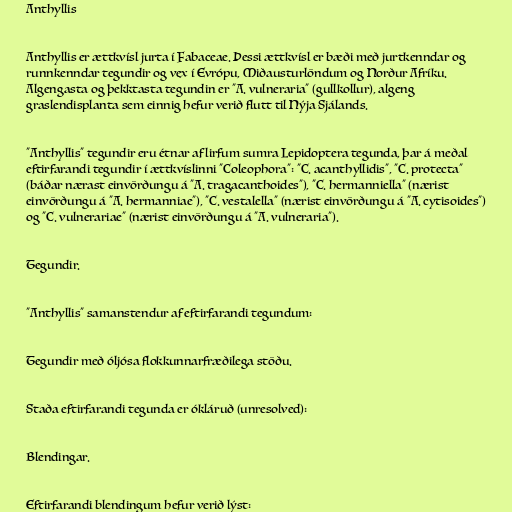
Anthyllis

Anthyllis er ættkvísl jurta í Fabaceae. Þessi ættkvísl er bæði með jurtkenndar og
runnkenndar tegundir og vex í Evrópu, Miðausturlöndum og Norður Afríku.
Algengasta og þekktasta tegundin er "A. vulneraria" (gullkollur), algeng
graslendisplanta sem einnig hefur verið flutt til Nýja Sjálands.

"Anthyllis" tegundir eru étnar af lirfum sumra Lepidoptera tegunda, þar á meðal
eftirfarandi tegundir í ættkvíslinni "Coleophora": "C. acanthyllidis", "C. protecta"
(báðar nærast einvörðungu á "A. tragacanthoides"), "C. hermanniella" (nærist
einvörðungu á "A. hermanniae"), "C. vestalella" (nærist einvörðungu á "A. cytisoides")
og "C. vulnerariae" (nærist einvörðungu á "A. vulneraria").

Tegundir.

"Anthyllis" samanstendur af eftirfarandi tegundum:

Tegundir með óljósa flokkunnarfræðilega stöðu.

Staða eftirfarandi tegunda er ókláruð (unresolved):

Blendingar.

Eftirfarandi blendingum hefur verið lýst: